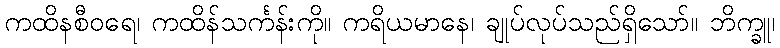
ကထိနစီဝရေ၊ ကထိန်သင်္ကန်းကို။ ကရိယမာနေ၊ ချုပ်လုပ်သည်ရှိသော်။ ဘိက္ခူ၊